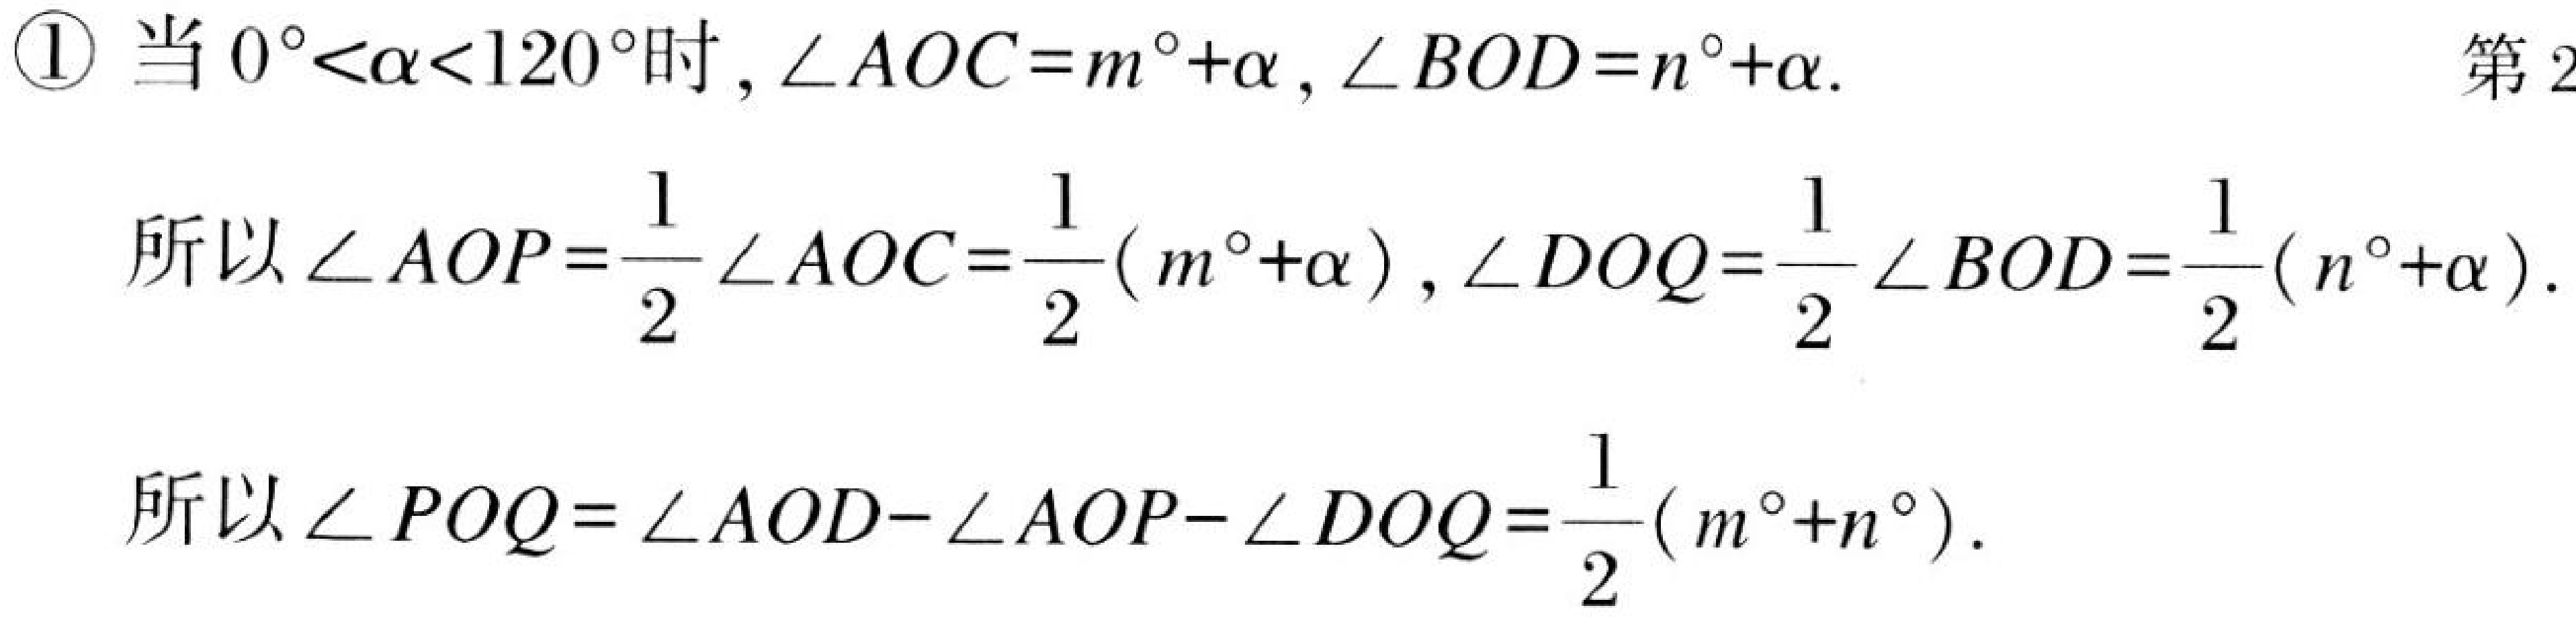
\textcircled{1} 当 \(0^{\circ}<\alpha<120^{\circ}\)时, \(\angle AOC = m^{\circ}+\alpha\), \(\angle BOD = n^{\circ}+\alpha\).
所以\(\angle AOP=\frac{1}{2}\angle AOC=\frac{1}{2}(m^{\circ}+\alpha)\), \(\angle DOQ=\frac{1}{2}\angle BOD=\frac{1}{2}(n^{\circ}+\alpha)\).
所以\(\angle POQ=\angle AOD - \angle AOP-\angle DOQ=\frac{1}{2}(m^{\circ}+n^{\circ})\).